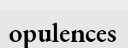
opulences